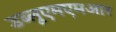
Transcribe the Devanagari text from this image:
डब्लूएमएमआर